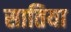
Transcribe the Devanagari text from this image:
सातिया